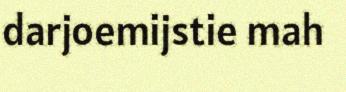
darjoemijstie mah